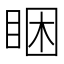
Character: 睏